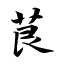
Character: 茛